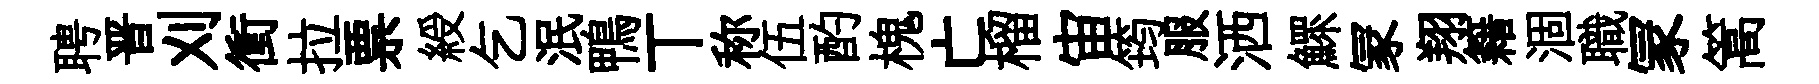
聘晋刈衝拉票綬乞泯鴨丅称伍酌槐亡榴宙筠服洒鰥冡翔籍涸職冡篙